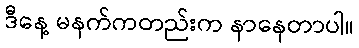
ဒီနေ့ မနက်ကတည်းက နာနေတာပါ။